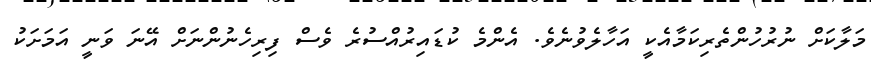
މަލާކަށް ނުރުހުންތެރިކަމާއެކީ އަހާލެވުނެވެ. އެންމެ ކުޑައިރުއްސުރެ ވެސް ފިރިހެނުންނަށް އޭނަ ވަނީ އަމަށަކު